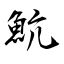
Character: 魧